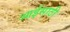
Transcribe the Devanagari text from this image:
आईसाठी